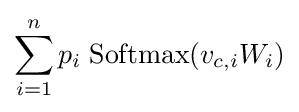
\sum _{i=1}^{n}p_{i}\;\mathrm {Softmax} (v_{c,i}W_{i})